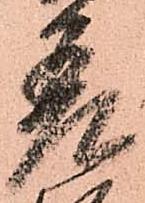
差